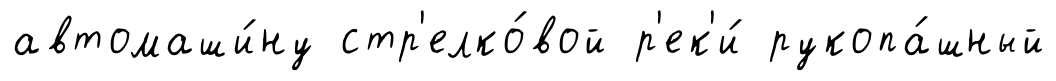
автомаши́ну стр'елко́вой р'ек'и́ рукопа́шный